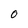
Character: O